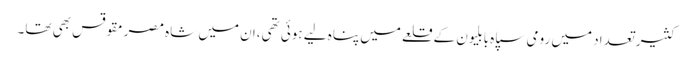
کثیر تعداد میں رومی سپاہ بابلیون کے قلعے میں پناہ لیے ہوئی تھی،ان میں شاہ مصرمقوقس بھی تھا۔